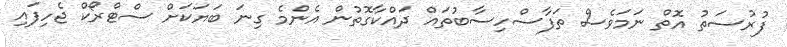
ފުރުސަތު އޮތް ނަމަވެސް ތަފާސްހިސާބުތައް ދައްކާގޮތުން އެންމެ ގިނަ ބަޔަކަށް ސްޓްރޯކް ޖެހިފައި